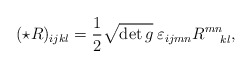
\begin{align*}(\star R)_{ijkl}={1\over2}\sqrt{\det g}\:\varepsilon_{ijmn}R^{mn}_{\:\:\:\:\:\:kl},\end{align*}